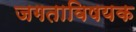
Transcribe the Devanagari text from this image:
जगताविषयक